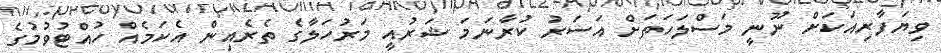
ވިޔަފާރިއަކަށް ނޫނީ މަސްލަހަތަށް އަސަރު ކުރާނަމަ ޝަރުއީ މަރުހަލާގެ ތެރެއިން އެކަމެއް ހުއްޓުވުމުގެ